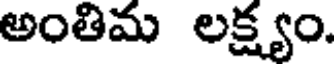
అంతిమ లక్ష్యం.